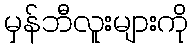
မှန်ဘီလူးများကို